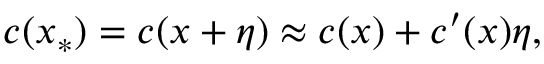
c ( x _ { \ast } ) = c ( x + \eta ) \approx c ( x ) + c ^ { \prime } ( x ) \eta ,